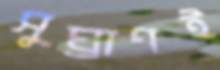
সুঘ্রাণই